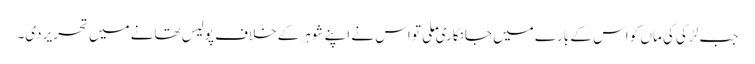
جب لڑکی کی ماں کو اس کے بارے میں جانکاری ملی تو اس نے اپنے شوہر کے خلاف پولیس تھانے میں تحریر دی۔